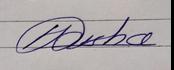
Signature authenticity: genuine